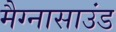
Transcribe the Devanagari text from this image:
मैग्नासाउंड